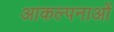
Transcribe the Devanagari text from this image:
आकल्पनाओं